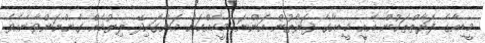
މީޑިއާގެ ފަރާތްތަކުން އެއީ މީޑިއާގެ ފަރާތުން އަންނަ މީހެއްކަން އަންގައިދޭ ލިޔުމެއް ގެންނަންވާނެއެވެ